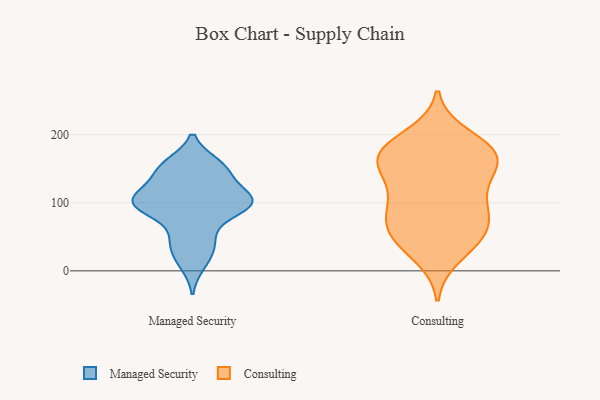
{"axis": {"x": "Tickets Resolved", "y": "Value"}, "legend": ["Consulting", "Managed Security"], "data": [{"x": "", "y": 99, "type": "Managed Security"}, {"x": "", "y": 132, "type": "Managed Security"}, {"x": "", "y": 82, "type": "Managed Security"}, {"x": "", "y": 107, "type": "Managed Security"}, {"x": "", "y": 10, "type": "Managed Security"}, {"x": "", "y": 151, "type": "Managed Security"}, {"x": "", "y": 97, "type": "Managed Security"}, {"x": "", "y": 47, "type": "Managed Security"}, {"x": "", "y": 109, "type": "Managed Security"}, {"x": "", "y": 45, "type": "Managed Security"}, {"x": "", "y": 153, "type": "Managed Security"}, {"x": "", "y": 100, "type": "Managed Security"}, {"x": "", "y": 97, "type": "Managed Security"}, {"x": "", "y": 156, "type": "Managed Security"}, {"x": "", "y": 100, "type": "Managed Security"}, {"x": "", "y": 27, "type": "Managed Security"}, {"x": "", "y": 105, "type": "Managed Security"}, {"x": "", "y": 149, "type": "Managed Security"}, {"x": "", "y": 44, "type": "Consulting"}, {"x": "", "y": 170, "type": "Consulting"}, {"x": "", "y": 47, "type": "Consulting"}, {"x": "", "y": 179, "type": "Consulting"}, {"x": "", "y": 170, "type": "Consulting"}, {"x": "", "y": 125, "type": "Consulting"}, {"x": "", "y": 179, "type": "Consulting"}, {"x": "", "y": 155, "type": "Consulting"}, {"x": "", "y": 163, "type": "Consulting"}, {"x": "", "y": 83, "type": "Consulting"}, {"x": "", "y": 79, "type": "Consulting"}, {"x": "", "y": 93, "type": "Consulting"}, {"x": "", "y": 133, "type": "Consulting"}, {"x": "", "y": 59, "type": "Consulting"}, {"x": "", "y": 198, "type": "Consulting"}, {"x": "", "y": 22, "type": "Consulting"}, {"x": "", "y": 166, "type": "Consulting"}, {"x": "", "y": 102, "type": "Consulting"}, {"x": "", "y": 57, "type": "Consulting"}]}